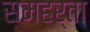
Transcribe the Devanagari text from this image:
समहर्ता